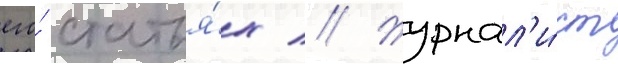
его́ статья́х // Журнал'и́ст